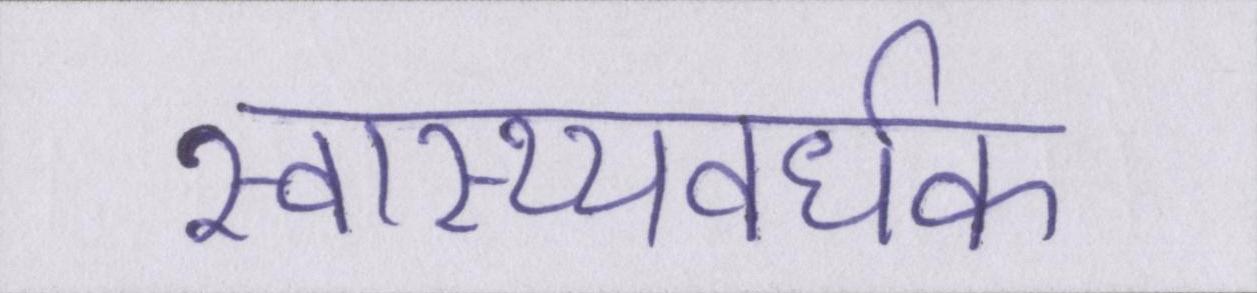
स्वास्थ्यवर्धक